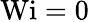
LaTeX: \textrm{Wi}=0